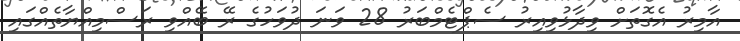
އާމިރު އެގޮތަށް ވިދާޅުވިއިރު ސެޕްޓެމްބަރު 28 ވަނަ ދުވަހުގެ ރޭ ބޭއްވި ރަސްމިއްޔާތެއްގައި